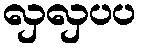
လှလှပပ